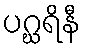
ပဂ္ဃရိနီ